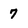
Character: 7